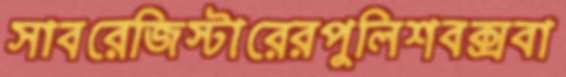
সাবরেজিস্টারেরপুলিশবক্সবা